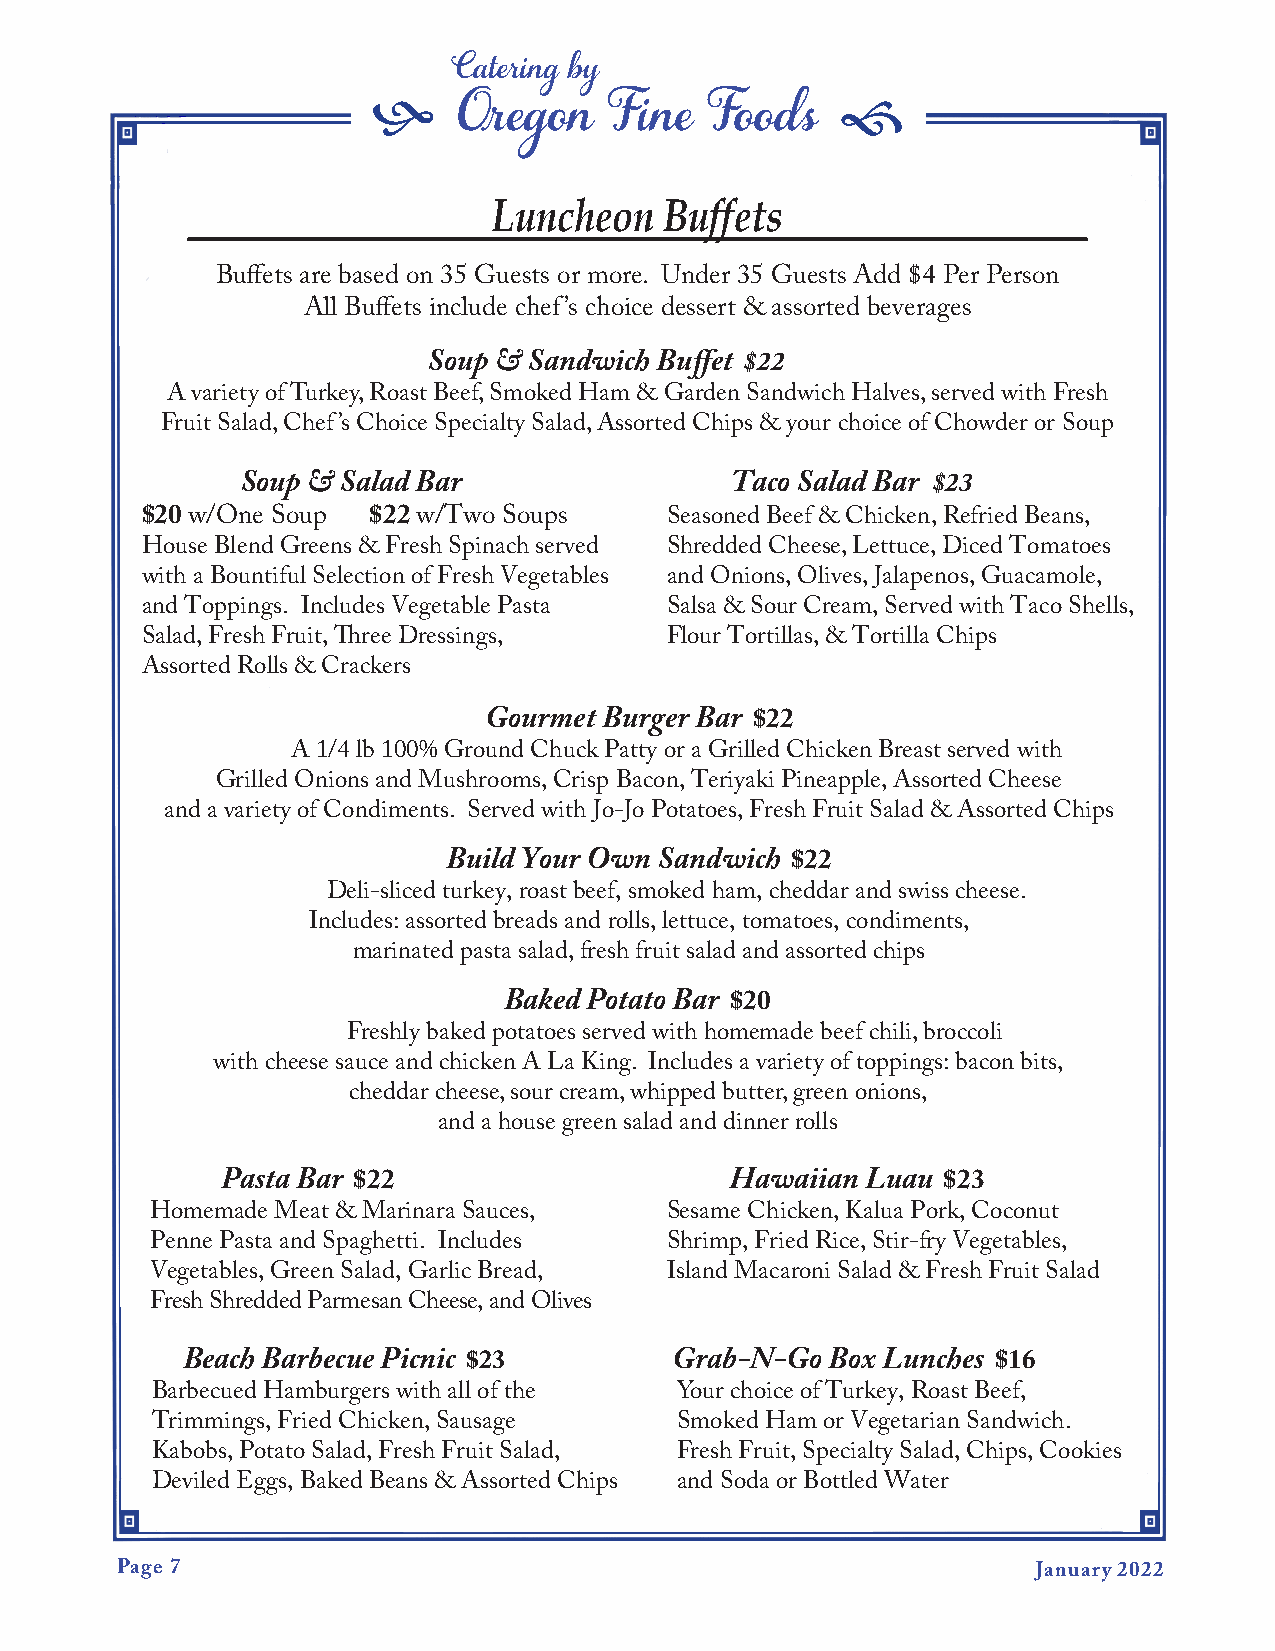
f                              f
 Catering by
 Oregon    Fine   Foods
 Luncheon   Buffets
 Buffets are based on 35 Guests or more. Under 35 Guests Add $4 Per Person
 All Buffets include chef’s choice dessert & assorted beverages
 Soup & Sandwich Buffet $22
 A variety of Turkey, Roast Beef, Smoked Ham & Garden Sandwich Halves, served with Fresh
 Fruit Salad, Chef’s Choice Specialty Salad, Assorted Chips & your choice of Chowder or Soup
 Soup & Salad Bar                Taco Salad Bar $23
 $20 w/One Soup  $22 w/Two Soups    Seasoned Beef & Chicken, Refried Beans,
 House Blend Greens & Fresh Spinach served Shredded Cheese, Lettuce, Diced Tomatoes
 with a Bountiful Selection of Fresh Vegetables and Onions, Olives, Jalapenos, Guacamole,
 and Toppings. Includes Vegetable Pasta Salsa & Sour Cream, Served with Taco Shells,
 Salad, Fresh Fruit, Three Dressings, Flour Tortillas, & Tortilla Chips
 Assorted Rolls & Crackers
 Gourmet Burger Bar $22
 A 1/4 lb 100% Ground Chuck Patty or a Grilled Chicken Breast served with
 Grilled Onions and Mushrooms, Crisp Bacon, Teriyaki Pineapple, Assorted Cheese
 and a variety of Condiments. Served with Jo-Jo Potatoes, Fresh Fruit Salad & Assorted Chips
 Build Your Own Sandwich $22
 Deli-sliced turkey, roast beef, smoked ham, cheddar and swiss cheese.
 Includes: assorted breads and rolls, lettuce, tomatoes, condiments,
 marinated pasta salad, fresh fruit salad and assorted chips
 Baked Potato Bar $20
 Freshly baked potatoes served with homemade beef chili, broccoli
 with cheese sauce and chicken A La King. Includes a variety of toppings: bacon bits,
 cheddar cheese, sour cream, whipped butter, green onions,
 and a house green salad and dinner rolls
 Pasta Bar $22                    Hawaiian Luau $23
 Homemade Meat & Marinara Sauces,  Sesame Chicken, Kalua Pork, Coconut
 Penne Pasta and Spaghetti. Includes Shrimp, Fried Rice, Stir-fry Vegetables,
 Vegetables, Green Salad, Garlic Bread, Island Macaroni Salad & Fresh Fruit Salad
 Fresh Shredded Parmesan Cheese, and Olives
 Beach Barbecue Picnic $23        Grab-N-Go Box Lunches $16
 Barbecued Hamburgers with all of the Your choice of Turkey, Roast Beef,
 Trimmings, Fried Chicken, Sausage  Smoked Ham or Vegetarian Sandwich.
 Kabobs, Potato Salad, Fresh Fruit Salad, Fresh Fruit, Specialty Salad, Chips, Cookies
 Deviled Eggs, Baked Beans & Assorted Chips and Soda or Bottled Water
 Page 7                                                       January 2022